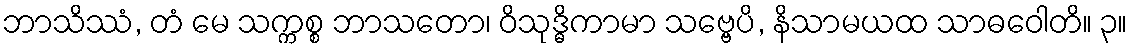
ဘာသိဿံ, တံ မေ သက္ကစ္စ ဘာသတော၊ ဝိသုဒ္ဓိကာမာ သဗ္ဗေပိ, နိသာမယထ သာဓဝေါတိ။ ၃။